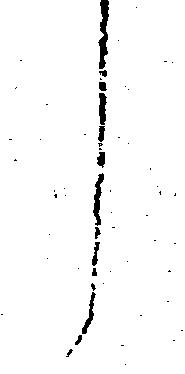
し